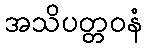
အသိပတ္တဝနံ